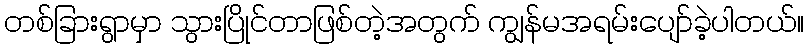
တစ်ခြားရွာမှာ သွားပြိုင်တာဖြစ်တဲ့အတွက် ကျွန်မအရမ်းပျော်ခဲ့ပါတယ်။